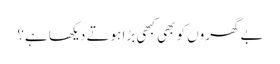
بے گھروں کو بھی کبھی بڑا ہوتے دیکھا ہے؟